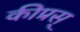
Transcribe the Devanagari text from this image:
कीप्रस्